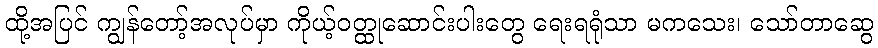
ထို့အပြင် ကျွန်တော့်အလုပ်မှာ ကိုယ့်ဝတ္ထုဆောင်းပါးတွေ ရေးရရုံသာ မကသေး၊ သော်တာဆွေ